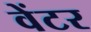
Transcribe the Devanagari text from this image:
वेंटर